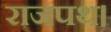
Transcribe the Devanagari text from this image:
राजपथ।